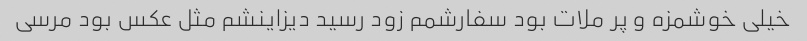
خیلی خوشمزه و پر ملات بود سفارشمم زود رسید دیزاینشم مثل عکس بود مرسی